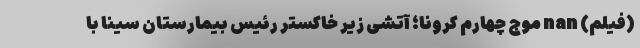
(فیلم) nan موج چهارم کرونا؛ آتشی زیر خاکستر رئیس بیمارستان سینا با